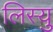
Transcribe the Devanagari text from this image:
लिस्यु